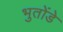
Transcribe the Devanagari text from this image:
भुतोंडे